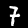
Label: 7